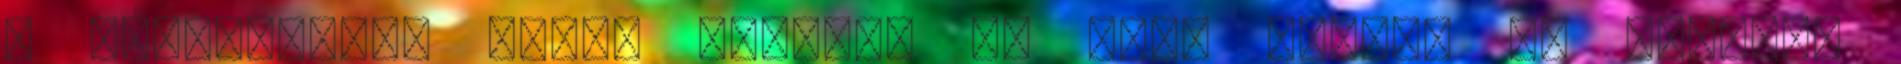
a hóátfúvások miatt Komárom és Győr között le kellett